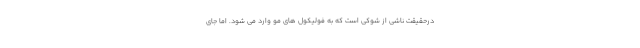
درحقیقت ناشی از شوکی است که به فولیکول های مو وارد می شود. اما جای